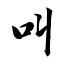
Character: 叫